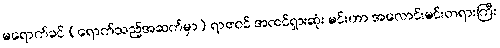
မရောက်ခင် (ရောက်သည့်အဆက်မှာ) ရာဇဝင် အထင်ရှားဆုံး မင်းဟာ အလောင်းမင်းတရားကြီး